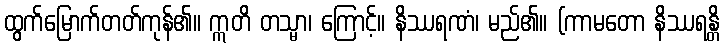
ထွက်မြောက်တတ်ကုန်၏။ ဣတိ တသ္မာ၊ ကြောင့်။ နိဿရဏံ၊ မည်၏။ (ကာမတော နိဿရန္တိ